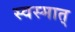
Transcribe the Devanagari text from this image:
स्वस्मात्